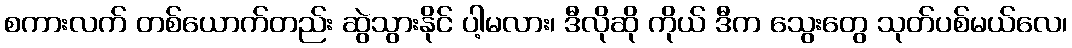
စကားလက် တစ်ယောက်တည်း ဆွဲသွားနိုင် ပါ့မလား၊ ဒီလိုဆို ကိုယ် ဒီက သွေးတွေ သုတ်ပစ်မယ်လေ၊